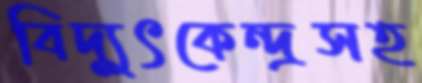
বিদ্যুৎকেন্দ্রসহ